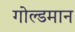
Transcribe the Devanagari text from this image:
गोल्डमान